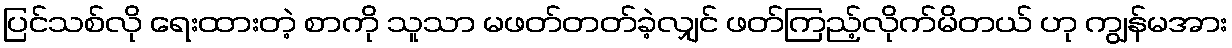
ပြင်သစ်လို ရေးထားတဲ့ စာကို သူသာ မဖတ်တတ်ခဲ့လျှင် ဖတ်ကြည့်လိုက်မိတယ် ဟု ကျွန်မအား